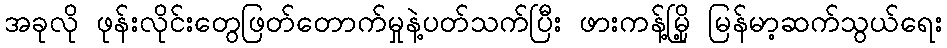
အခုလို ဖုန်းလိုင်းတွေဖြတ်တောက်မှုနဲ့ပတ်သက်ပြီး ဖားကန့်မြို့ မြန်မာ့ဆက်သွယ်ရေး